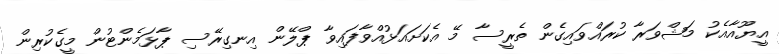
އީޔޫއާއެކު މަޝްވަރާ ކުރައްވައިގެން ތެރީސާ މޭ އެކަށައަޅުއްވާފައިވާ ޕްލޭން އިނގިރޭސި ޕާޅަމެންޓުން މީގެކުރިން